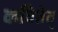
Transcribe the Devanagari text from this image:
कवितेत्